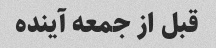
قبل از جمعه آینده